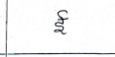
मजकूर: ई